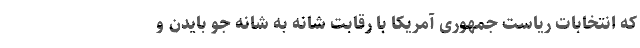
که انتخابات ریاست جمهوری آمریکا با رقابت شانه به شانه جو بایدن و